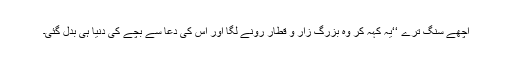
اچھے سنگ ترے ‘‘یہ کہہ کر وہ بزرگ زار و قطار رونے لگا اور اس کی دعا سے بچے کی دنیا ہی بدل گئی۔